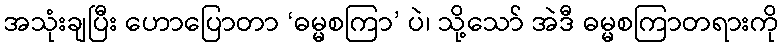
အသုံးချပြီး ဟောပြောတာ ‘ဓမ္မစကြာ’ ပဲ၊ သို့သော် အဲဒီ ဓမ္မစကြာတရားကို